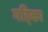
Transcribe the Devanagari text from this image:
गद्दिका